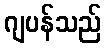
ဂျပန်သည်